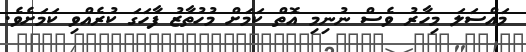
މައްސަލަ މިހާރު ވެސް ނުނިމި އޮތް ކަމަށް މުހުތާޒު ފާހަގަ ކުރެއްވި ކަމަށެވެ.